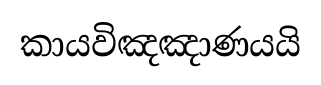
කායවිඤඤාණයයි